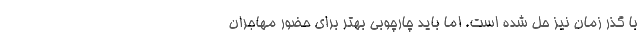
با گذر زمان نیز حل شده است. اما باید چارچوبی بهتر برای حضور مهاجران